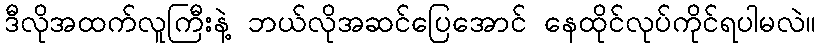
ဒီလိုအထက်လူကြီးနဲ့ ဘယ်လိုအဆင်ပြေအောင် နေထိုင်လုပ်ကိုင်ရပါမလဲ။